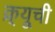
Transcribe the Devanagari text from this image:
क्र्यूची